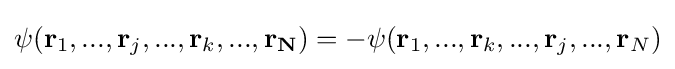
\psi (\mathbf {r} _{1},...,\mathbf {r} _{j},...,\mathbf {r} _{k},...,\mathbf {r_{N}} )=-\psi (\mathbf {r} _{1},...,\mathbf {r} _{k},...,\mathbf {r} _{j},...,\mathbf {r} _{N})